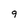
Character: 9